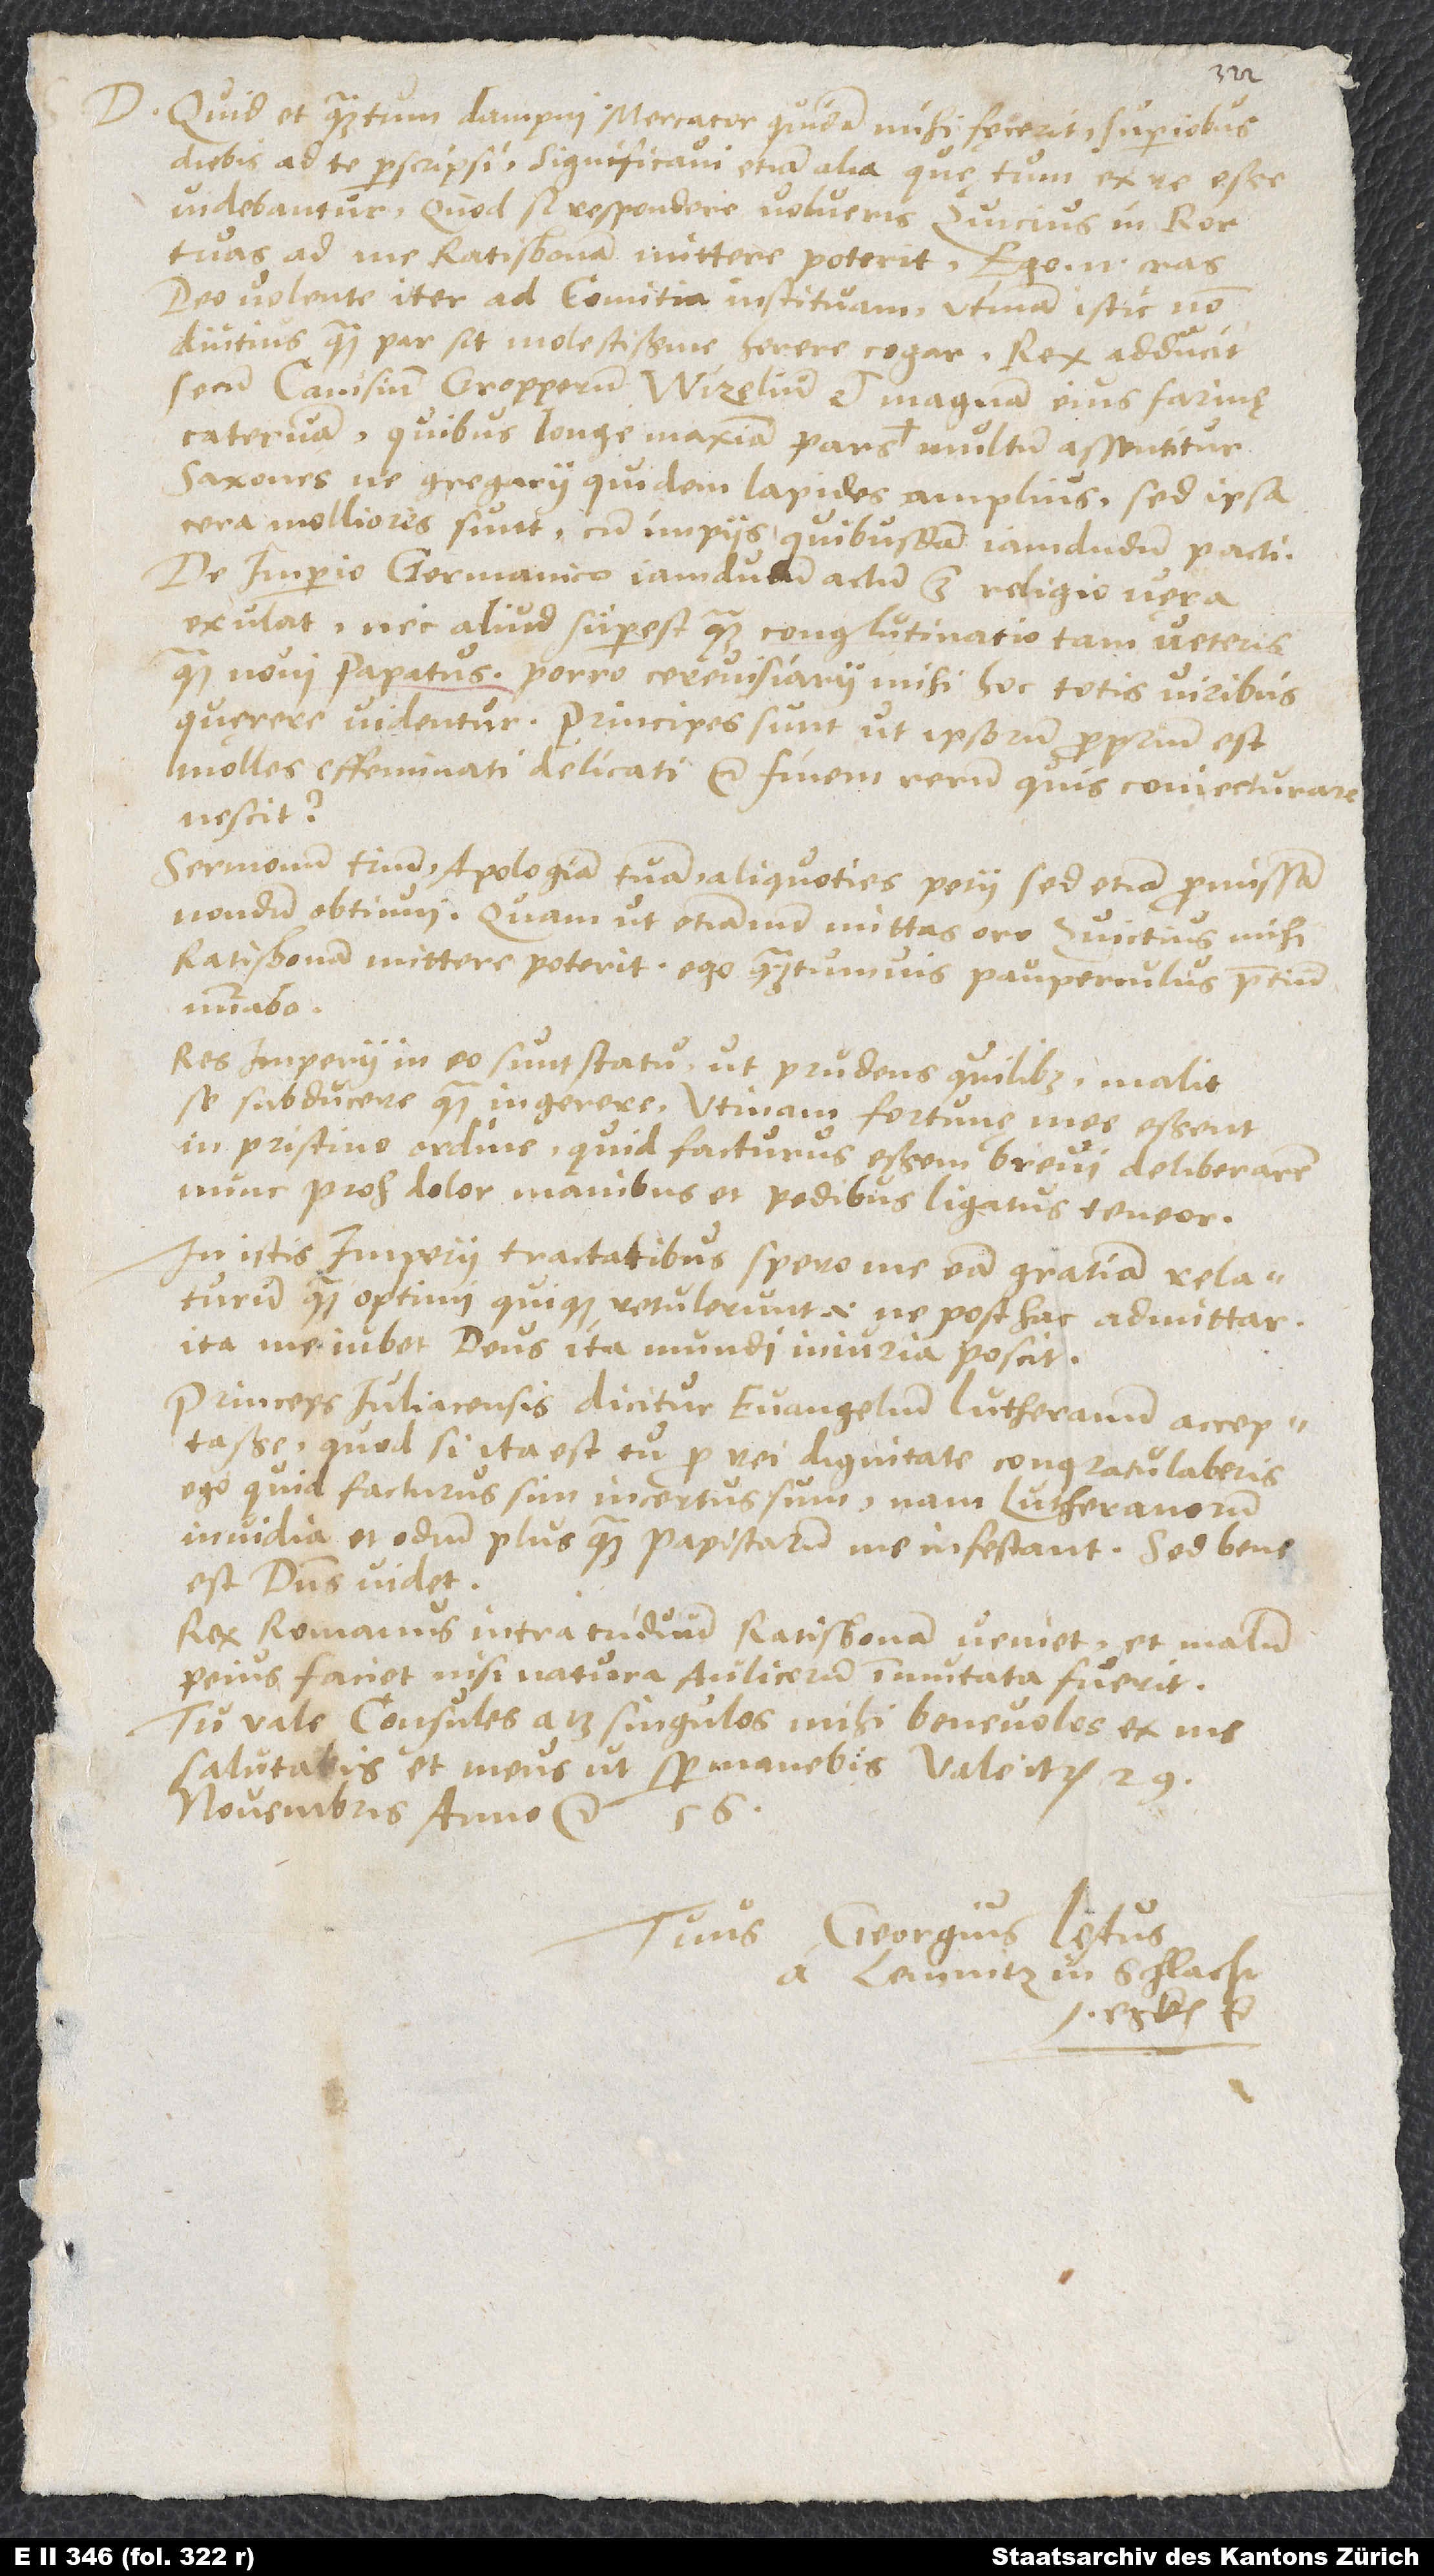
D. Quid et quantum damni mercator quidam mihi fecerit, superioribus
videbantur. Quodsi respondere volueris, Zvicius in Ror
deo volente iter ad comitia instituam; utinam istic non
diutius, quam par sit, molestissime herere cogar. Rex adducit
secum Canisium, Gropperum, Wizelium et magnam eius farinę
catervam, quibus longe maxima pars multum assentitur.
Saxones ne gregarii quidem lapides amplius, sed ipsa
molliores sunt cum impiis quibusdam iamdudum pacti.
De imperio Germanico iamdudum actum est,, religio vero
exulat, nec aliud superest quam conglutinatio tam veteris
quam novi papatus. Porro cerevisiarii mihi hoc totis viribus
querere videntur. Principes sunt, ut ipsorum proprium est,
molles, effeminati, delicati etc. Finem rerum quis coniecturare
nescit?
Sermonem tuum, apologiam tuam aliquoties petii, sed etiam promissam,
Ratisbonam mittere poterit. Ego quantumvis pauperculus precium...
Res imperii in eo sunt statu, ut prudens quilibet malit
se subducere quam ingerere. Utinam fortunę mee essent
in pristino ordine. Quid facturus essem, brevi deliberarem.
Nunc proh dolor manibus et pedibus ligatus teneor.
In istis imperii tractatibus spero me eam gratiam relaturum,
quam optimi quique retulerunt, id est ne posthac admittar;
ita me iubet deus, ita mundi iniuria poscit.
Princeps Iuliacensis dicitur evangelium Lutheranum acceptasse.
Quodsi ita est, tu pro rei dignitate, congratulaberis.
Ego quid facturus sim, incertus sum; nam Lutheranorum
invidia et odium plus quam papistarum me infestant; sed bene
est, dominus videt.
Rex Romanus intra triduum Ratisbonam veniet et malum
peius faciet, nisi natura aulicorum immutata fuerit.
Tu vale. Consules atque singulos mihi benevolos ex me
salutabis et meus ut semper manebis. Vale iterum. 29.
Tuus Georgius Laetus